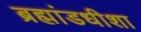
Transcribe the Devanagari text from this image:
ब्रह्मांडधीशा